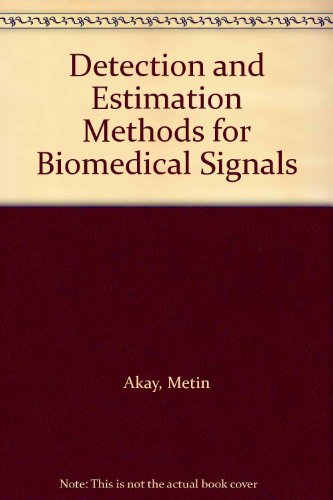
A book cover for Detection and Estimation Methods for Biomedical Signals; Metin Akay; Medical Books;